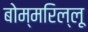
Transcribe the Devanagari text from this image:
बोम्मरिल्लू